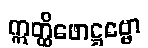
ဣတ္ထိဖောဋ္ဌဗ္ဗော